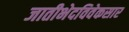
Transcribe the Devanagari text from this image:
जातीभेदविवेकसार